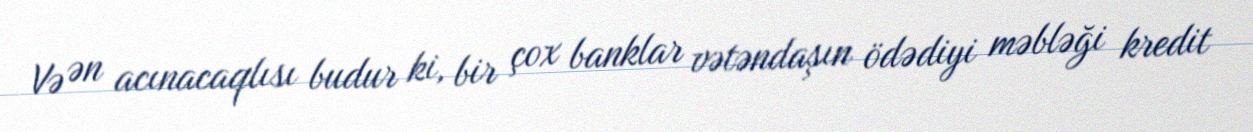
Və ən acınacaqlısı budur ki, bir çox banklar vətəndaşın ödədiyi məbləği kredit